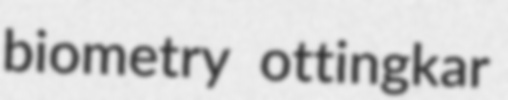
biometry ottingkar